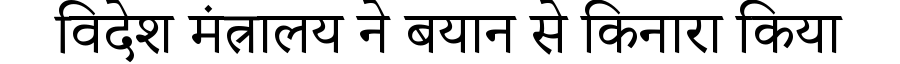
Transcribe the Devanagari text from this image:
विदेश मंत्रालय ने बयान से किनारा किया